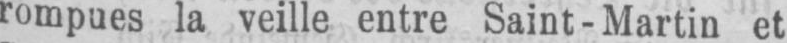
rompues la veille entre Saint-Martin et